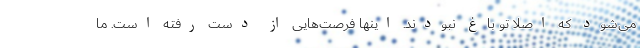
می‌شود که اصلا تو باغ نبودند. اینها فرصت‌هایی از دست رفته است. ما